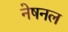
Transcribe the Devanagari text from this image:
नेषनल